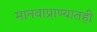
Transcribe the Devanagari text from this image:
मानवाप्राण्यातही